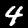
Label: 4